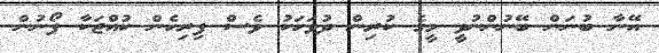
އޭނާ ބުނަން ބޭނުންނުވީ މީގެ ކުރިން ދުވަހަކު ވެސް ފިރިހެން ކުއްޖަކާ ފޯނުން